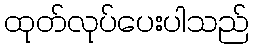
ထုတ်လုပ်ပေးပါသည်